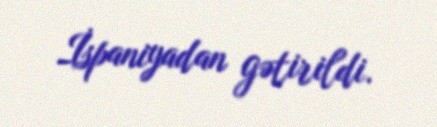
İspaniyadan gətirildi.